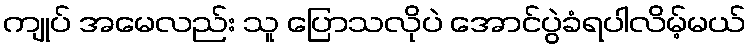
ကျုပ် အမေလည်း သူ ပြောသလိုပဲ အောင်ပွဲခံရပါလိမ့်မယ်